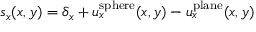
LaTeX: s _ { x } ( x , y ) = \delta _ { x } + u _ { x } ^ { \mathrm { s p h e r e } } ( x , y ) - u _ { x } ^ { \mathrm { p l a n e } } ( x , y )